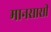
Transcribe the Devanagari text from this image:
मानसासी